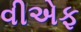
વીએફ